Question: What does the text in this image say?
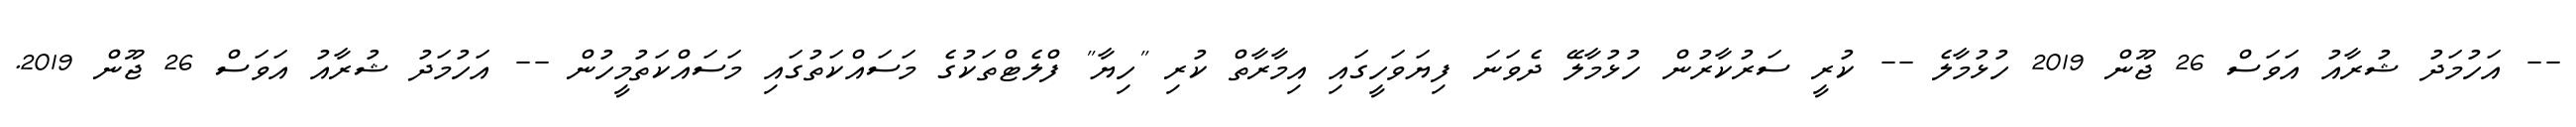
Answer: -- އަހުމަދު ޝުރާއު އަވަސް 26 ޖޫން 2019 ހުޅުމާލެ -- ކުރީ ސަރުކާރުން ހުޅުމާލޭ ދެވަނަ ފިޔަވަހީގައި އިމާރާތް ކުރި "ހިޔާ" ފްލެޓްތަކުގެ މަސައްކަތުގައި މަސައްކަތުމީހުން -- އަހުމަދު ޝުރާއު އަވަސް 26 ޖޫން 2019.